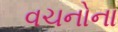
વચનોના